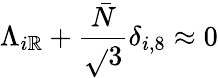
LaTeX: \Lambda_{i\mathbb{R}}+\frac{{\bar{{N}}}}{{\sqrt{}{3}}}\delta_{i,8}\approx0